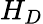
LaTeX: H_{D}